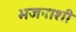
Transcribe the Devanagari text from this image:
भजनाशी